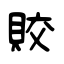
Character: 賋